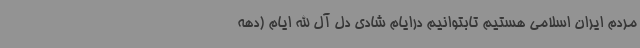
مردم ایران اسلامی هستیم تابتوانیم درایام شادی دل آل الله ایام (دهه